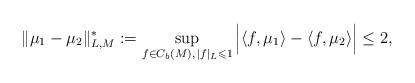
LaTeX: \begin{align*}\|\mu_1-\mu_2\|_{L,M}^*:=\sup_{f\in C_b (M),\, |f|_L\leqslant1}\Big|\langle f ,\mu_1\rangle-\langle f ,\mu_2\rangle\Big|\le2, \end{align*}